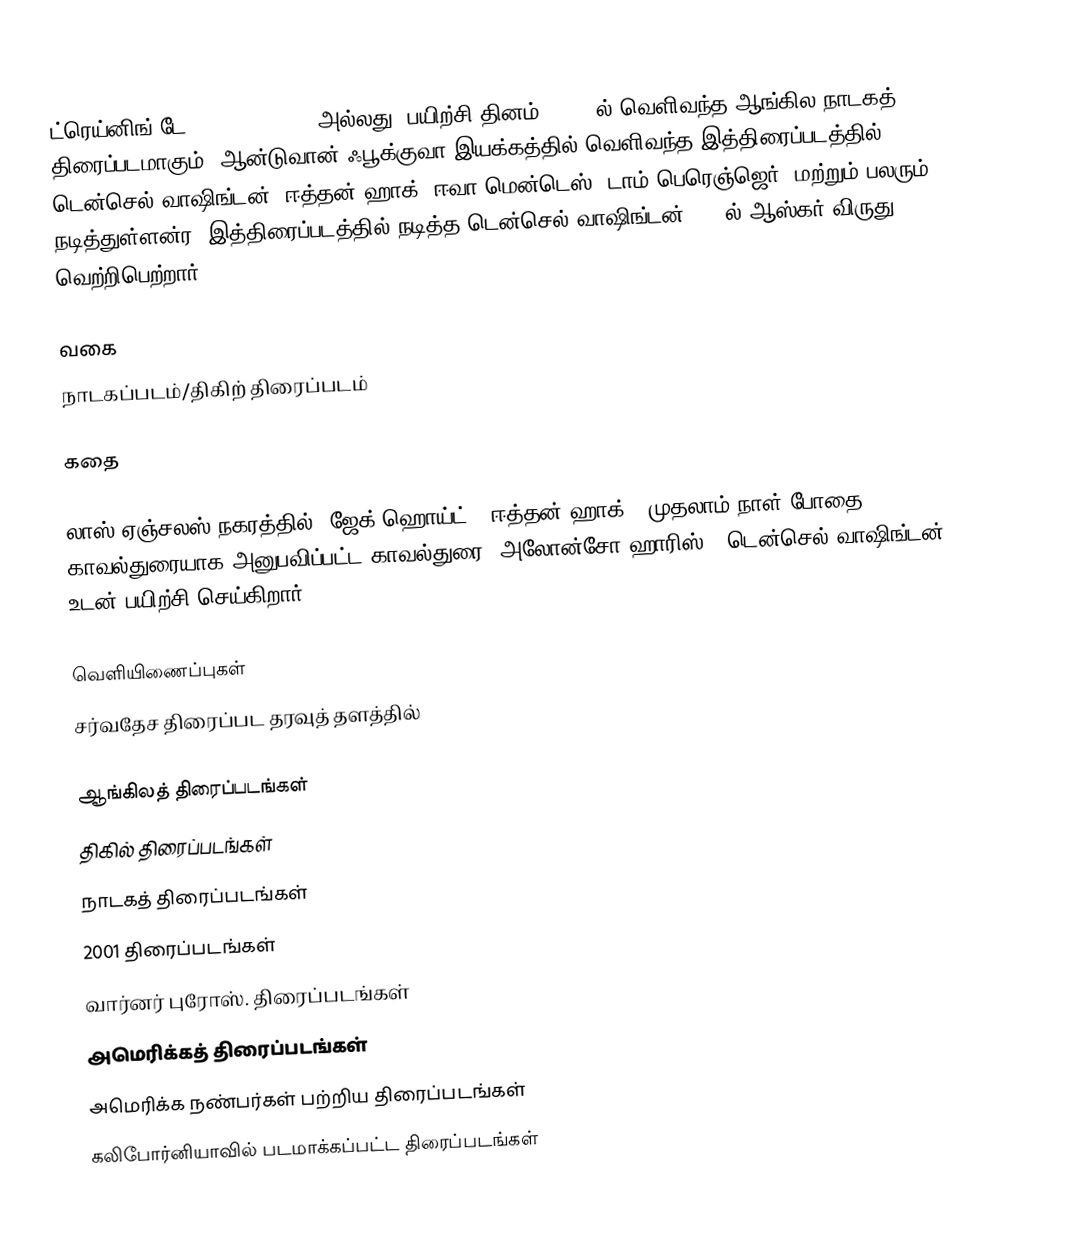
ட்ரெய்னிங் டே (Training Day, அல்லது "பயிற்சி தினம்") 2001ல் வெளிவந்த ஆங்கில நாடகத் திரைப்படமாகும். ஆன்டுவான் ஃபூக்குவா இயக்கத்தில் வெளிவந்த இத்திரைப்படத்தில் டென்செல் வாஷிங்டன், ஈத்தன் ஹாக், ஈவா மென்டெஸ், டாம் பெரெஞ்ஜெர், மற்றும் பலரும் நடித்துள்ளன்ர. இத்திரைப்படத்தில் நடித்த டென்செல் வாஷிங்டன் 2001ல் ஆஸ்கர் விருது வெற்றிபெற்றார்.

வகை
நாடகப்படம்/திகிற் திரைப்படம்

கதை

லாஸ் ஏஞ்சலஸ் நகரத்தில் "ஜேக் ஹொய்ட்" (ஈத்தன் ஹாக்)) முதலாம் நாள் போதை காவல்துரையாக அனுபவிப்பட்ட காவல்துரை "அலோன்சோ ஹாரிஸ்" (டென்செல் வாஷிங்டன்) உடன் பயிற்சி செய்கிறார்.

வெளியிணைப்புகள்
 சர்வதேச திரைப்பட தரவுத் தளத்தில்

ஆங்கிலத் திரைப்படங்கள்
திகில் திரைப்படங்கள்
நாடகத் திரைப்படங்கள்
2001 திரைப்படங்கள்
வார்னர் புரோஸ். திரைப்படங்கள்
அமெரிக்கத் திரைப்படங்கள்
அமெரிக்க நண்பர்கள் பற்றிய திரைப்படங்கள்
கலிபோர்னியாவில் படமாக்கப்பட்ட திரைப்படங்கள்